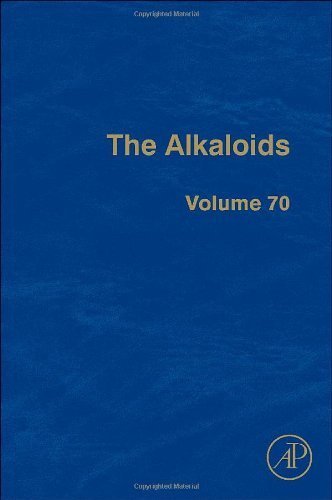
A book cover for Alkaloids, Volume 70 [Chemistry and Biology] [Academic Press,2011] [Hardcover]; Science & Math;